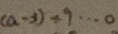
( a - 3 ) \div 9 \cdots 0